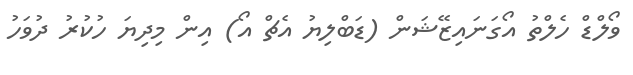
ވޯލްޑް ހެލްތު އޯގަނައިޒޭޝަން (ޑަބްލިޔު އެޗް އޯ) އިން މިދިޔަ ހުކުރު ދުވަހު